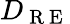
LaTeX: D_{\mathrm{~R~E~}}